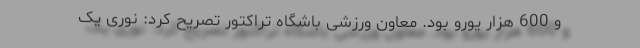
و 600 هزار یورو بود. معاون ورزشی باشگاه تراکتور تصریح کرد: نوری یک